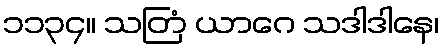
၁၁၃၄။ သတြံ ယာဂေ သဒါဒါနေ၊